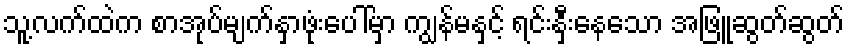
သူ့လက်ထဲက စာအုပ်မျက်နှာဖုံးပေါ်မှာ ကျွန်မနှင့် ရင်းနှီးနေသော အဖြူဆွတ်ဆွတ်